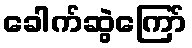
ခေါက်ဆွဲကြော်